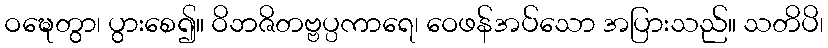
ဝဍ္ဎေတွာ၊ ပွားစေ၍။ ဝိဘဇိတဗ္ဗပ္ပကာရေ၊ ဝေဖန်အပ်သော အပြားသည်။ သတိပိ၊